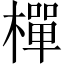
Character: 樿